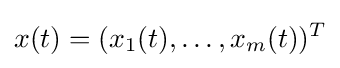
x(t)=(x_{1}(t),\dots ,x_{m}(t))^{T}